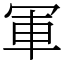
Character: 軍